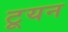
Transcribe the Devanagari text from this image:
टूयन